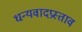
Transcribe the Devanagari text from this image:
धन्यवादप्रस्ताव